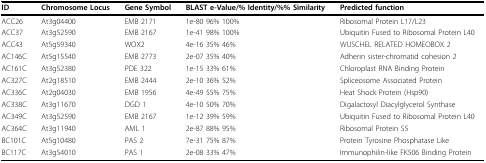
| ID | Chromosome Locus | Gene Symbol | BLAST e-Value/% Identity/%% Similarity | Predicted function |
 | --- | --- | --- | --- | --- |
 | ACC26 | At3g04400 | EMB 2171 | 1e-80 96% 100% | Ribosomal Protein L17/L23 |
 | ACC37 | At3g52590 | EMB 2167 | 1e-41 98% 100% | Ubiquitin Fused to Ribosomal Protein L40 |
 | ACC43 | At5g59340 | WOX2 | 4e-16 35% 46% | WUSCHEL RELATED HOMEOBOX 2 |
 | AC146C | At5g15540 | EMB 2773 | 2e-07 35% 40% | Adherin sister-chromatid cohesion 2 |
 | AC161C | At3g52380 | PDE 322 | 1e-15 33% 61% | Chloroplast RNA Binding Protein |
 | AC327C | At2g18510 | EMB 2444 | 2e-10 36% 52% | Spliceosome Associated Protein |
 | AC336C | At2g04030 | EMB 1956 | 4e-49 55% 75% | Heat Shock Protein (Hsp90) |
 | AC338C | At3g11670 | DGD 1 | 4e-10 50% 70% | Digalactosyl Diacylglycerol Synthase |
 | AC349C | At3g52590 | EMB 2167 | 1e-12 39% 59% | Ubiquitin Fused to Ribosomal Protein L40 |
 | AC364C | At3g11940 | AML 1 | 2e-87 88% 95% | Ribosomal Protein S5 |
 | BC101C | At5g10480 | PAS 2 | 7e-31 75% 87% | Protein Tyrosine Phosphatase Like |
 | BC117C | At3g54010 | PAS 1 | 2e-08 33% 47% | Immunophilin-like FK506 Binding Protein |